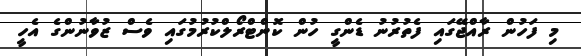
މި ފަހުން ރާއްޖޭގައި ފެތުރުނު ޑެންގީ ހުން ކޮންޓްރޯލްކުރުމުގައި ވެސް ޒުވާނުންގެ އެހީ